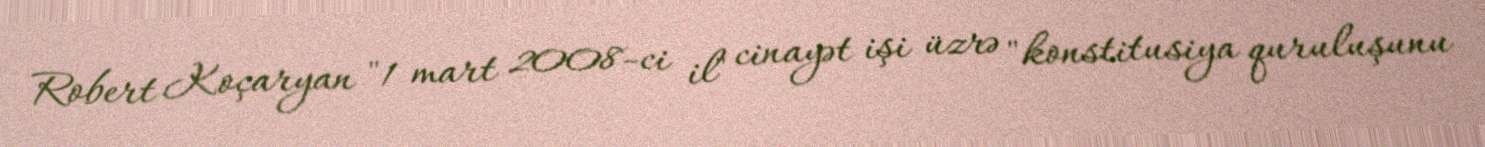
Robert Koçaryan "1 mart 2008-ci il" cinayət işi üzrə "konstitusiya quruluşunu